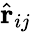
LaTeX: {\hat{\mathbf{r}}}_{ij}